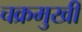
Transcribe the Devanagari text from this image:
चक्रमुखी